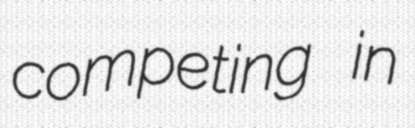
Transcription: competing in